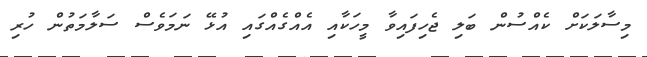
މިސާލަކަށް ކެއްސުން ބަލި ޖެހިފައިވާ މީހަކާއި އެއްގެއްގައި އުޅޭ ނަމަވެސް ސަލާމަތުން ހުރި